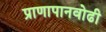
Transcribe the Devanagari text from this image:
प्राणापानवोढी